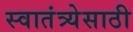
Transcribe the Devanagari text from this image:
स्वातंत्र्येसाठी